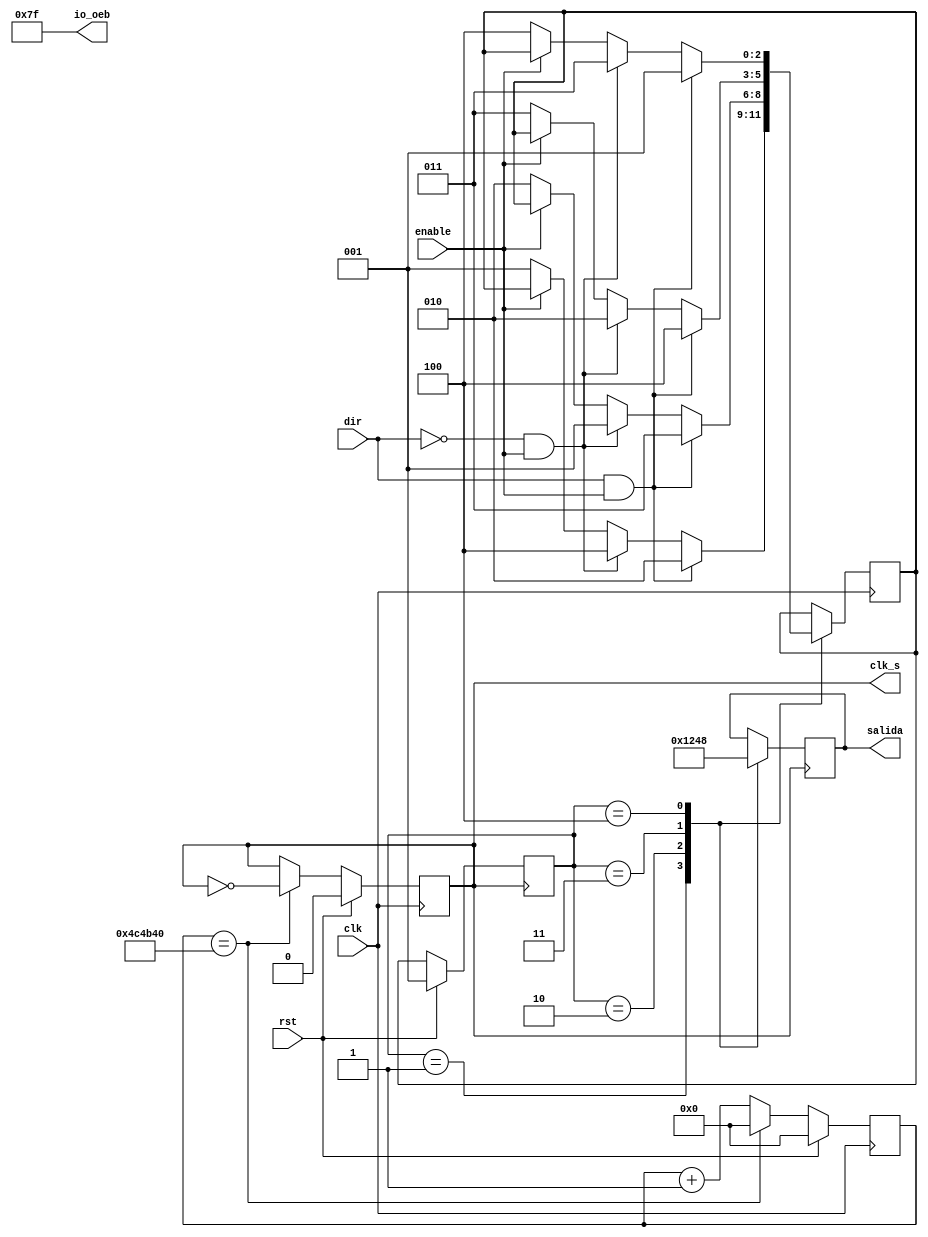
module control_system(	
	input wire clk,rst,dir,enable,
	output clk_s,
	output reg [3:0]salida,
	output [37:0] io_oeb);
	
	assign io_oeb[6:0] = {7{1'b1}};
	assign io_oeb[37:7] = {31{1'b0}};
	
	parameter tiempo = 5000000;
	localparam S1=3'd1, S2=3'd2, S3=3'd3, S4=3'd4; 
	reg[2:0]state, state_next;	
	reg[26:0] count;  
	reg clk_sn;
	assign clk_s=clk_sn;
		
	always @(posedge clk)
	
		begin 
			if (rst==1'b1) 
				begin
					count <= 0;
					clk_sn <= 0;
				end	
			else 
		   	
				begin
					if (count==tiempo)   		
						begin	
							clk_sn <= !clk_sn;	
							count <= 0 ;     		
						end		
					else
						begin
							count <= count+1;
						end					
					end			
		end		
	
always@(posedge clk_s) 		//Logica del estado siguiente
		
		begin
			if(rst) state <= S1;
			else state <= state_next;
		end	
		
	always@(posedge clk)	   // Maquina de estados
		
		begin
			case (state)
				
				S1:      if(dir && enable) state_next <= S2;
					else if(!dir && enable) state_next <= S4;
					else if(!enable) state_next <= S1;
					
				S2:	      if(dir && enable) state_next <= S3;
					 else if(!dir && enable) state_next <= S1;
					 else if(!enable) state_next <= S2;
								
				S3: 	   if(dir && enable) state_next <= S4;
					  else if(!dir && enable) state_next <= S2;
					  else if(!enable) state_next <= S3;								
														
				S4: 	   if(dir && enable) state_next <= S1;
					  else if(!dir && enable) state_next <= S3;
					  else if(!enable) state_next <= S4;					
			  	default : begin
				  end			  
					  endcase
		end
				
	always@(posedge clk_s) 		//Salida tipo Moore
	
		begin
			case (state) 
				S1: salida <= 4'b0001;
				S2: salida <= 4'b0010;
				S3: salida <= 4'b0100;
				S4: salida <= 4'b1000;	  
				default : begin
				  end
			endcase
		end		
endmodule